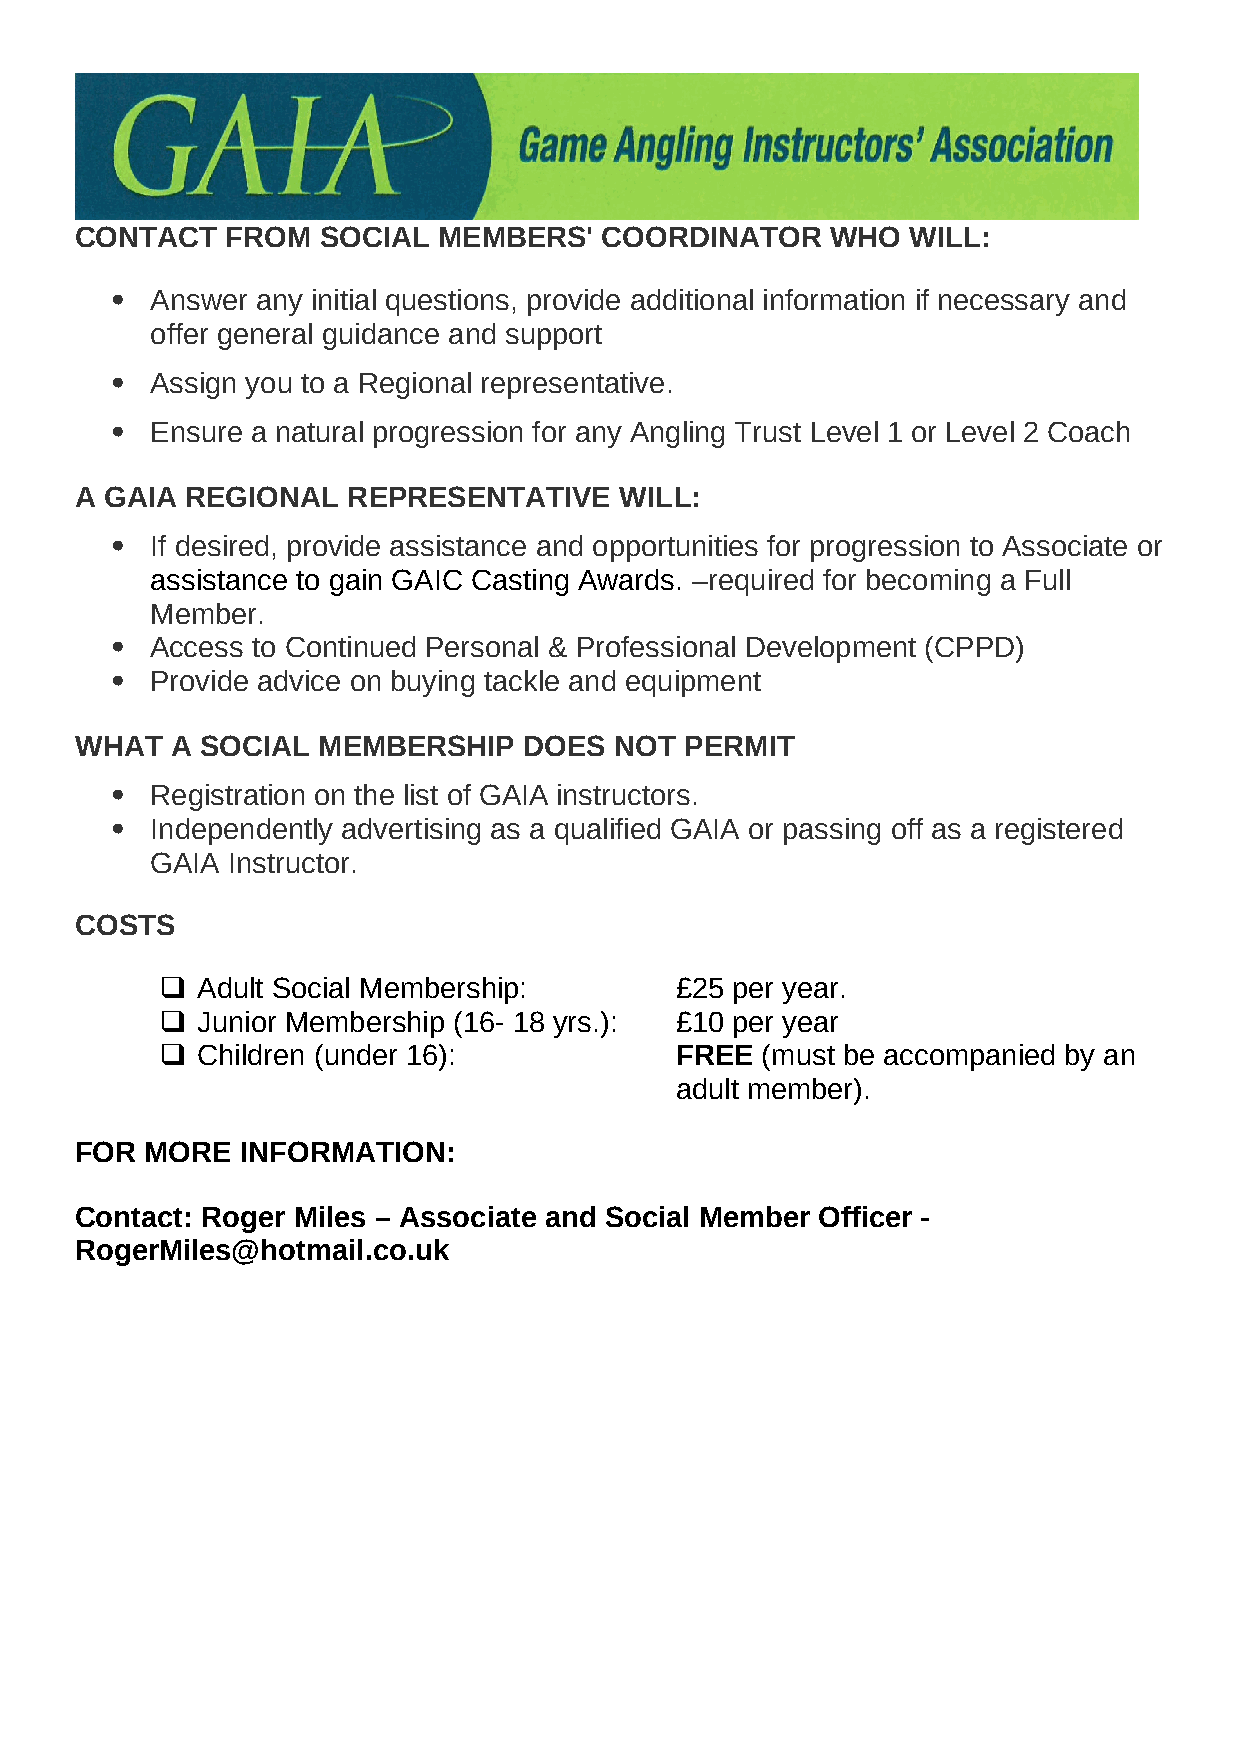
CONTACT   FROM  SOCIAL  MEMBERS'   COORDINATOR    WHO  WILL:
   Answer any initial questions, provide additional information if necessary and
 offer general guidance and support
   Assign you to a Regional representative.
   Ensure a natural progression for any Angling Trust Level 1 or Level 2 Coach
 A GAIA REGIONAL   REPRESENTATIVE    WILL:
   If desired, provide assistance and opportunities for progression to Associate or
 assistance to gain GAIC Casting Awards. –required for becoming a Full
 Member.
   Access to Continued Personal & Professional Development (CPPD)
   Provide advice on buying tackle and equipment
 WHAT  A SOCIAL  MEMBERSHIP    DOES  NOT PERMIT
   Registration on the list of GAIA instructors.
   Independently advertising as a qualified GAIA or passing off as a registered
 GAIA Instructor.
 COSTS
  Adult Social Membership:        £25 per year.
  Junior Membership (16- 18 yrs.): £10 per year
  Children (under 16):            FREE (must be accompanied by an
 adult member).
 FOR  MORE  INFORMATION:
 Contact: Roger Miles – Associate and Social Member Officer -
 RogerMiles@hotmail.co.uk